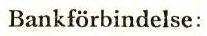
Bankförbindelse: